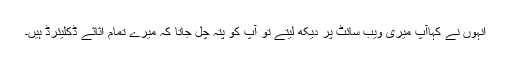
انہوں نے کہاآپ میری ویب سائٹ پر دیکھ لیتے تو آپ کو پتہ چل جاتا کہ میرے تمام اثاثے ڈکلیئرڈ ہیں۔